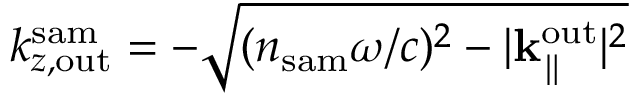
k _ { z , \mathrm { o u t } } ^ { \mathrm { s a m } } = - \sqrt { ( n _ { \mathrm { s a m } } \omega / c ) ^ { 2 } - | { \bf k } _ { \parallel } ^ { \mathrm { o u t } } | ^ { 2 } }